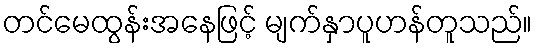
တင်မေထွန်းအနေဖြင့် မျက်နှာပူဟန်တူသည်။